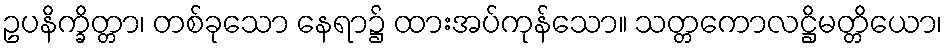
ဥပနိက္ခိတ္တာ၊ တစ်ခုသော နေရာ၌ ထားအပ်ကုန်သော။ သတ္တကောလဋ္ဌိမတ္တိယော၊